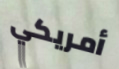
أمريكي